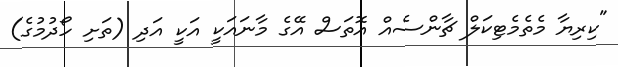
"ކިރިޔާ މެތެމެޓިކަލް ޗާންސެއް އޮތަސް އޭގެ މާނައަކީ އަކީ އަދި (ތަށި ހޯދުމުގެ)